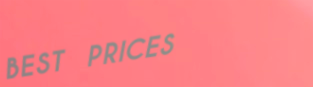
BEST PRICES